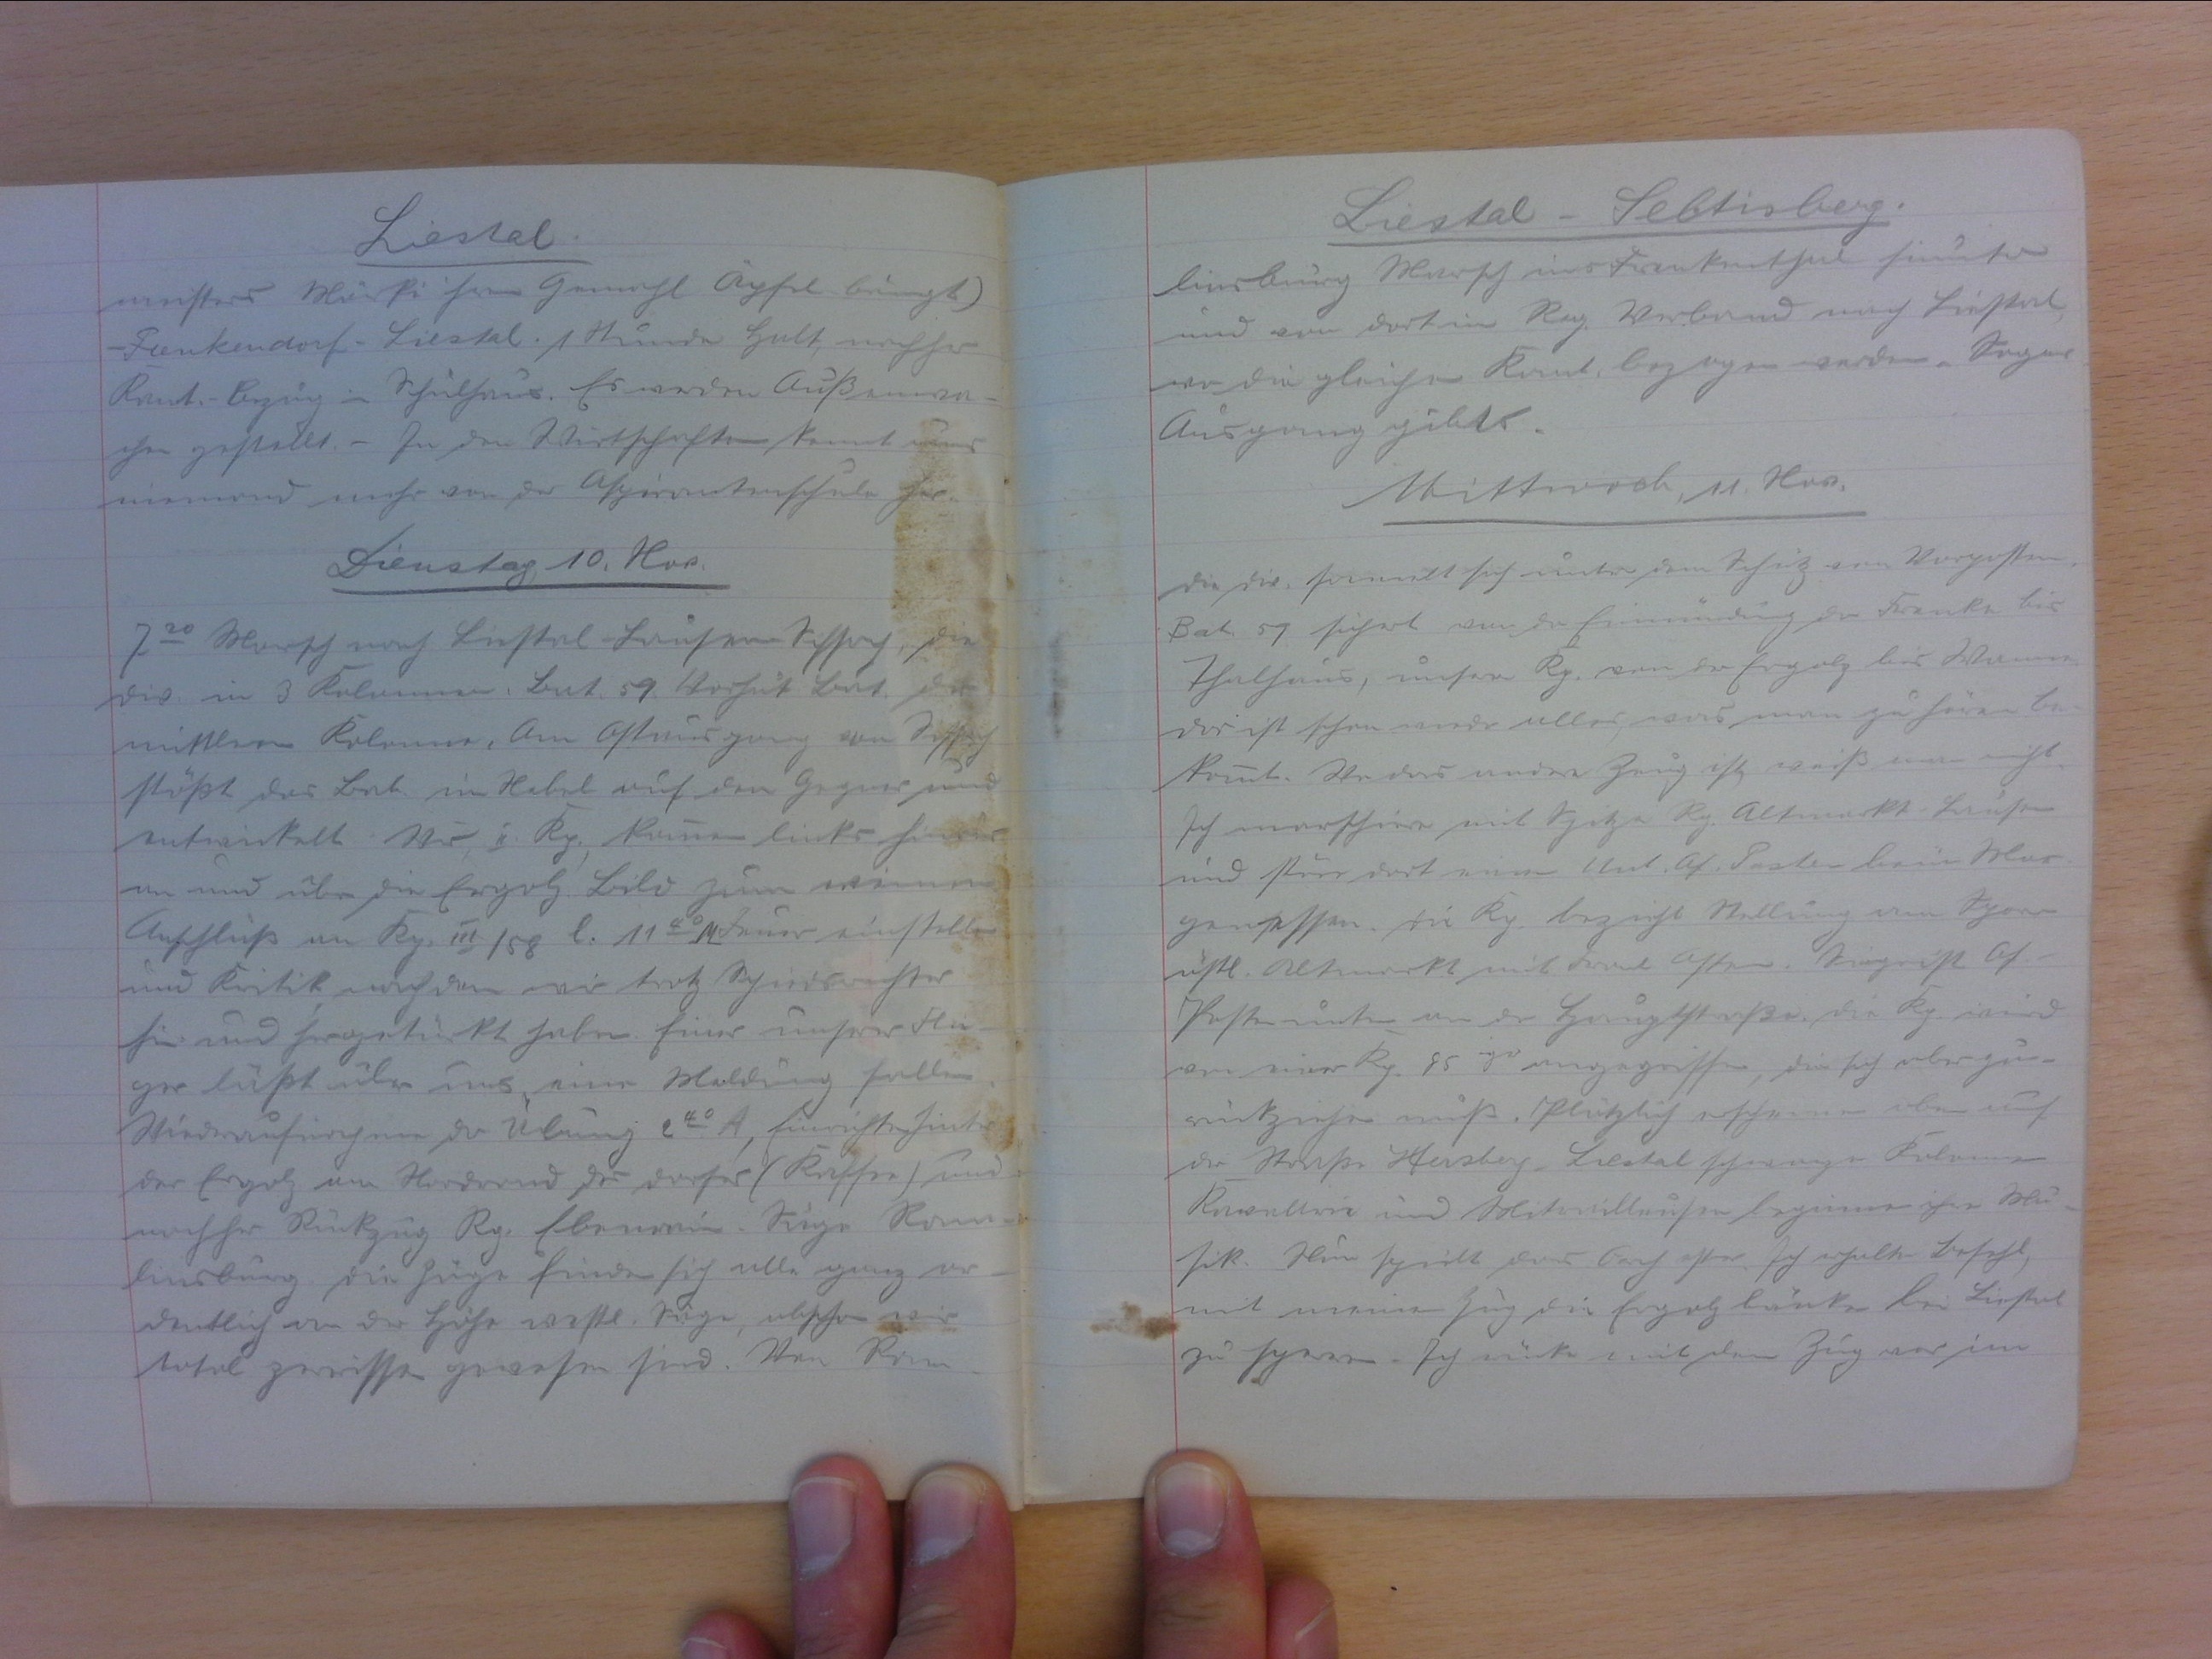
Liestal
meisters Märki ihrem Gemahl Apfel bringt).
Frenkendorf - Liestal. 1 Stunde Halt, nachher
Kant.-Bezug im Schulhaus. Es werden Aussenwa-
chen gestellt. - In den Wirtschaften kennt uns
niemand mehr von der Aspirantenschule her.
Dienstag, 10. Nov.
730 Marsch nach Liestal-Lausen-Sissach. Die
Div. in 3 Kolonnen, Bat. 59 Vorhut. Bat der
mittleren Kolonne. Am Ostausgang  von Sissach
stösst das Bat im Nebel auf dem Gegner und
entwickelt. Wir, II. Kp. kommen links hinabs
an und über die Ergolz. Bild zum weinen.
Anschluss an Kp. III/58. l. 1140112 M Feuer einstellen
und Kritik nachdem wir trotz Schiedsrichter.
hin und hergetürkt haben. Einer unsrer Flieg-
ger lasst über uns, einer Meldung fallen.
Wiederaufnahme der Übung 240 A, Einrichten hinter
der Ergolz am Nordrand des Dorfes (Kaffee) und
nachher Rückzug Rg. Ebenrain - Säge - Ram-
linsburg. Die Züge finden sich alle ganz or-
dentlich an der Höhe westl. Säge, obschon wir
total zerrissen gewesen sind. Von Ram-

Liestal - Sebtisberg
binsburg Marsch aus Frenkenthal hinunter
und von dort im Reg. Verband nach Liestal,
wo die glauchen Kant. bezogen werden. Sogar
Ausgang gibt's.
Mittwoch, 11. Nov.
Die Div. sammelt sich unter dem Schutz von Vorposten.
Bat. 59. sichert von der Einmündung der Frenke bis
Thalhaus, unsere Kp. von der Frenke bis Wannen.
Das ist schon wieder alles, was man zu hören ne-
kommt. Wo das andere Zeug ist, weiss man nicht
Ich marschiere mit Spitze Rg. Altmarkt Lausen
und störe dort einen Unt. Of. Listen beim Mor-
gensessen. Die Kp. bezieht Stellung am Sporn
östl. Altmarkt mit Front Osten. Siegrist Of.-
Posten unten an der Hauptstrasse. Die Kp. wird
von einer Kp. 85 iger angegriffen, die sich aber zu-
rückziehen muss. Plötzlich erscheinen oben auf
der Strasse Hersberg - Liestal schwarze Kolonnen.
Kavallerie und Mitrailleusen beginnen ihre Mu-
sik. Nun spielt das Orchester. Ich erhalte Befehl,
mit meinen Zug die Ergolzbrücke bei Liestal
zu sperren. Ich rücke mit dem Zug vor im